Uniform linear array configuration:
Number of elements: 64
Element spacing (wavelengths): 0.25
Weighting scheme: blackman
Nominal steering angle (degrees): -45
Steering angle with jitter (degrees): -44.928
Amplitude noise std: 0.05
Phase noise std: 0.05

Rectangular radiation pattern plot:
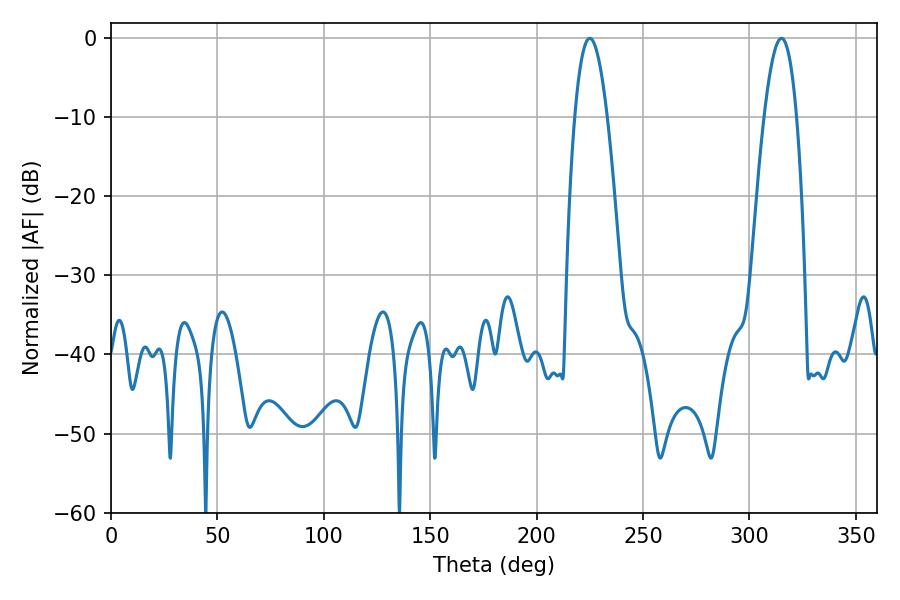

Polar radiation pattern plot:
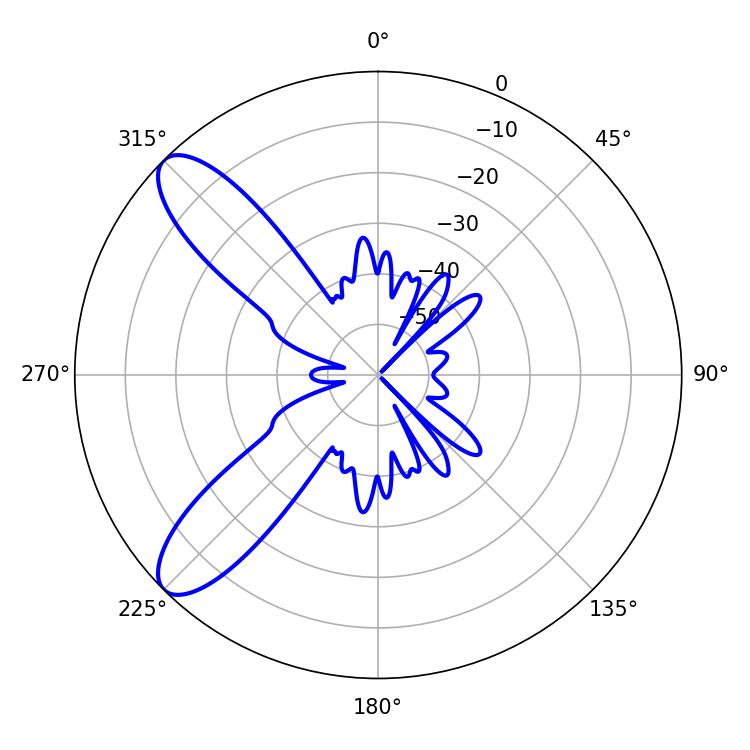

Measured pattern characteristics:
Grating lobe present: FALSE
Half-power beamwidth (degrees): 8.28
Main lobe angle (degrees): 225